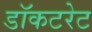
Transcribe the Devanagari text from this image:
डॉकटरेट